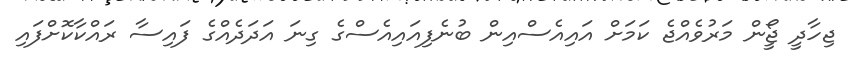
ޖިހާދީ ޖޯީން މަރުވެއްޖެ ކަމަށް އައިއެސްއިން ބުނެފިއައިއެސްގެ ގިނަ އަދަދެއްގެ ފައިސާ ރައްކާކޮށްފައި